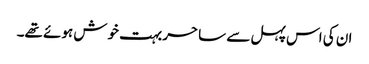
ان کی اس پہل سے ساحر بہت خوش ہوئے تھے۔